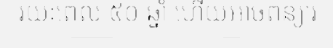
រយៈពេល ៥០ ឆ្នាំ ហើយអាចពន្យារ